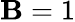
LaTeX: \mathbf{B}=1